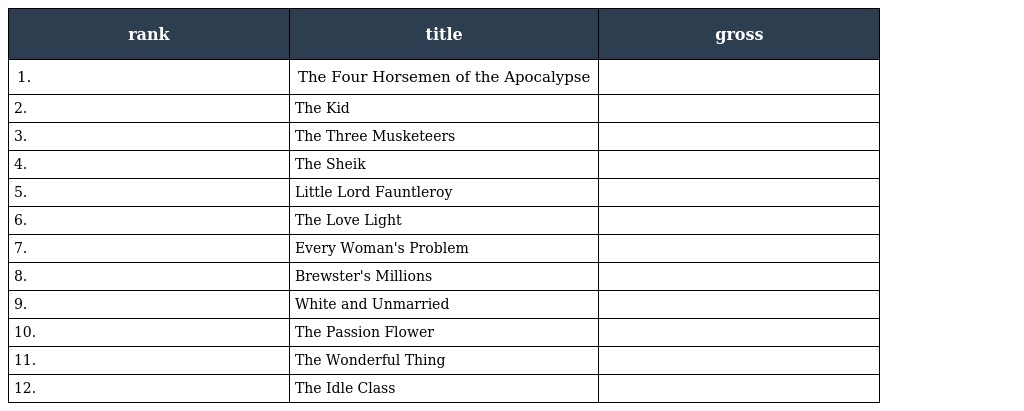
| rank | title | gross |
 | --- | --- | --- |
 | 1. | The Four Horsemen of the Apocalypse |  |
 | 2. | The Kid |  |
 | 3. | The Three Musketeers |  |
 | 4. | The Sheik |  |
 | 5. | Little Lord Fauntleroy |  |
 | 6. | The Love Light |  |
 | 7. | Every Woman's Problem |  |
 | 8. | Brewster's Millions |  |
 | 9. | White and Unmarried |  |
 | 10. | The Passion Flower |  |
 | 11. | The Wonderful Thing |  |
 | 12. | The Idle Class |  |